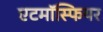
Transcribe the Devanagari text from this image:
एटमॉस्फियर